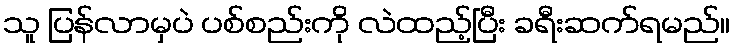
သူ ပြန်လာမှပဲ ပစ်စည်းကို လဲထည့်ပြီး ခရီးဆက်ရမည်။